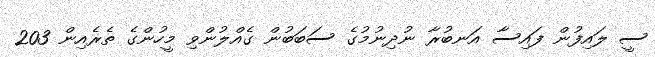
ސީ ލައިފުން ފައިސާ އަނބުރާ ނުދިނުމުގެ ސަބަބުން ގެއްލުންވި މީހުންގެ ތެރެއިން 203